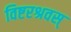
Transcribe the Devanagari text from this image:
विष्टरश्रवस्